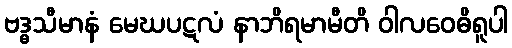
ဗဒ္ဓသီမာနံ မေဃပဋလံ နာဘိရမာမီတိ ဝါလဝေဓိရူပါ